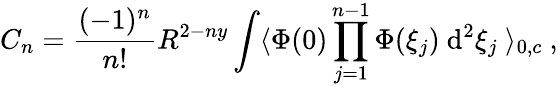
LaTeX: C_{n}=\frac{(-1)^{n}}{n!}R^{2-ny}\int\langle\Phi(0)\prod_{j=1}^{n-1}\Phi(\xi_{j})\ \mathrm{d}^{2}\xi_{j}\ \rangle_{0,c}\ ,